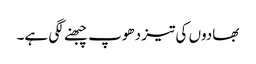
بھادوں کی تیز دھوپ چبھنے لگی ہے۔